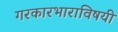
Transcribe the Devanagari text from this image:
गरकारभाराविषयी